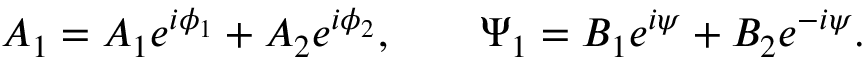
{ \cal A } _ { 1 } = A _ { 1 } e ^ { i \phi _ { 1 } } + A _ { 2 } e ^ { i \phi _ { 2 } } , \qquad \Psi _ { 1 } = B _ { 1 } e ^ { i \psi } + B _ { 2 } e ^ { - i \psi } .